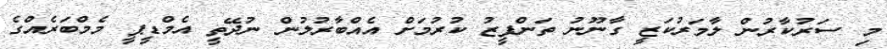
މި ސަރުކާރުން ލާމަރުކަޒީ ގާނޫނު ތަންފީޒު ކުރުމަށް އެއްބާރުލުން ނުދޭތީ އެމްޑީޕީ މެމްބަރެއްގެ